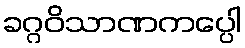
ခဂ္ဂဝိသာဏကပ္ပေါ